Indian journal of veterinary science and animal husbandry - Volumes 18-21, 1948-1951
Year: 1948
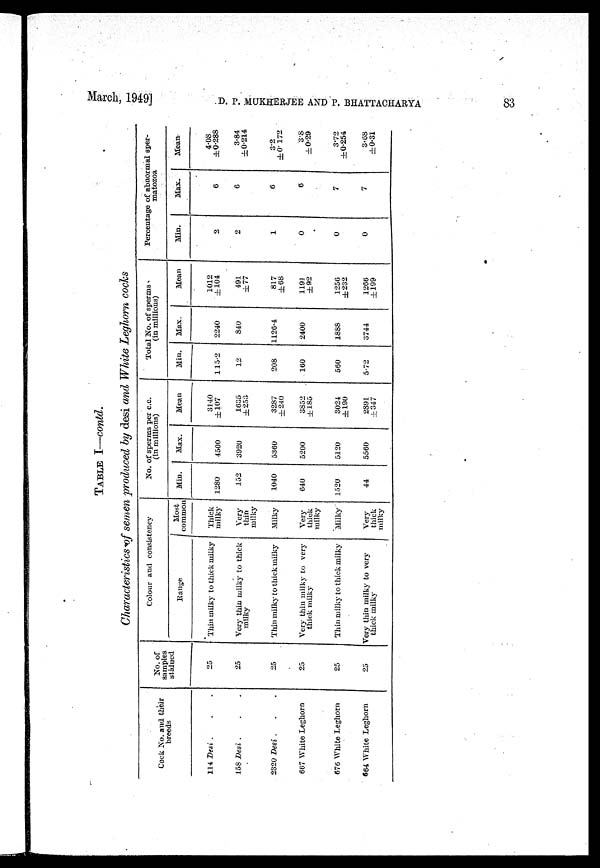
March, 1949]
D.
P.
MUKHERJEE
AND
P.
BHATTACHARYA
83
TABLE I—contd.
Characteristics of semen produced by desi and White Leghorn cocks
Cock No. and their
breeds
114 Desi . . .
158 Desi . . .
2320 Desi . . .
667 White Leghorn
676 White Leghorn
664 White Leghorn
No. of
samples
stidued
25
25
25
25
25
25
Colour and consistency
Range
Thin milky to thick milky
Very thin milky to thick
milky
Thin milky to thick milky
Very thin milky to very
thick milky
Thin milky to thick milky
Very thin milky to very
thick milky
Most
common
Thick
milky
Very
thin
milky
Milky
Very
thick
milky
Milky
Very
thick
milky
No. of sperms per c.c.
Min.
1280
152
1040
640
1520
44
Max.
4500
3920
5360
5200
5120
5560
Mean
8140
±107
1635
±253
3287
±240
3852
±185
3024
±190
2891
±347
Total No. of sperms
(in millions)
Min.
115.2
12
208
160
560
5.72
Max.
2240
840
1126.4
2400
1888
3744
Mean
1012
±104
491
±77
817
±68
1191
±92
1256
±232
1266
±199
Percentage of abnormal sper-
Min.
2
2
1
0
0
0
Max.
6
6
6
6
7
7
Mean
4.08
±0.288
3-84
±0-214
3.2
±0.172
3.8
±0.29
3.72
±0.254
3.65
±0.31